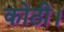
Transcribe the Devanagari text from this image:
कोठी।